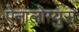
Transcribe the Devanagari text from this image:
ऐनालोग्युस